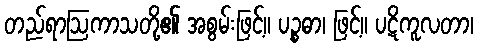
တည်ရာဩကာသတို့၏ အစွမ်းဖြင့်။ ပဉ္စဓာ၊ ဖြင့်။ ပဋိကူလတာ၊